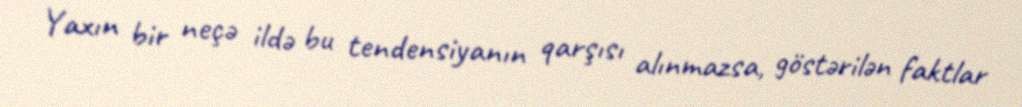
Yaxın bir neçə ildə bu tendensiyanın qarşısı alınmazsa, göstərilən faktlar